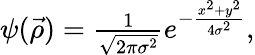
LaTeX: \begin{array}{r}{\psi(\vec{\rho})=\frac{1}{\sqrt{2\pi\sigma^{2}}}e^{-\frac{x^{2}+y^{2}}{4\sigma^{2}}},}\end{array}